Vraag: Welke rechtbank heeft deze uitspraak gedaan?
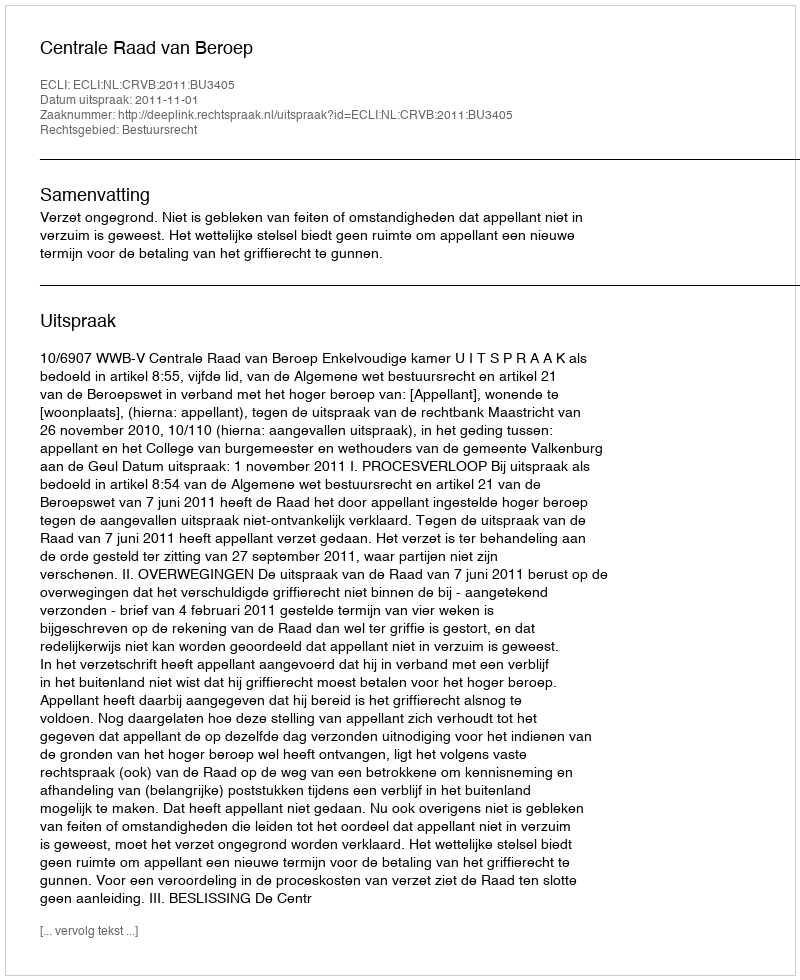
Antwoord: Centrale Raad van Beroep